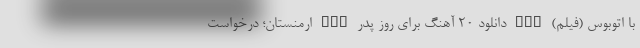
با اتوبوس (فیلم) nan دانلود 20 آهنگ برای روز پدر nan ارمنستان؛ درخواست